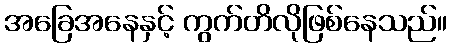
အခြေအနေနှင့် ကွက်တိလိုဖြစ်နေသည်။